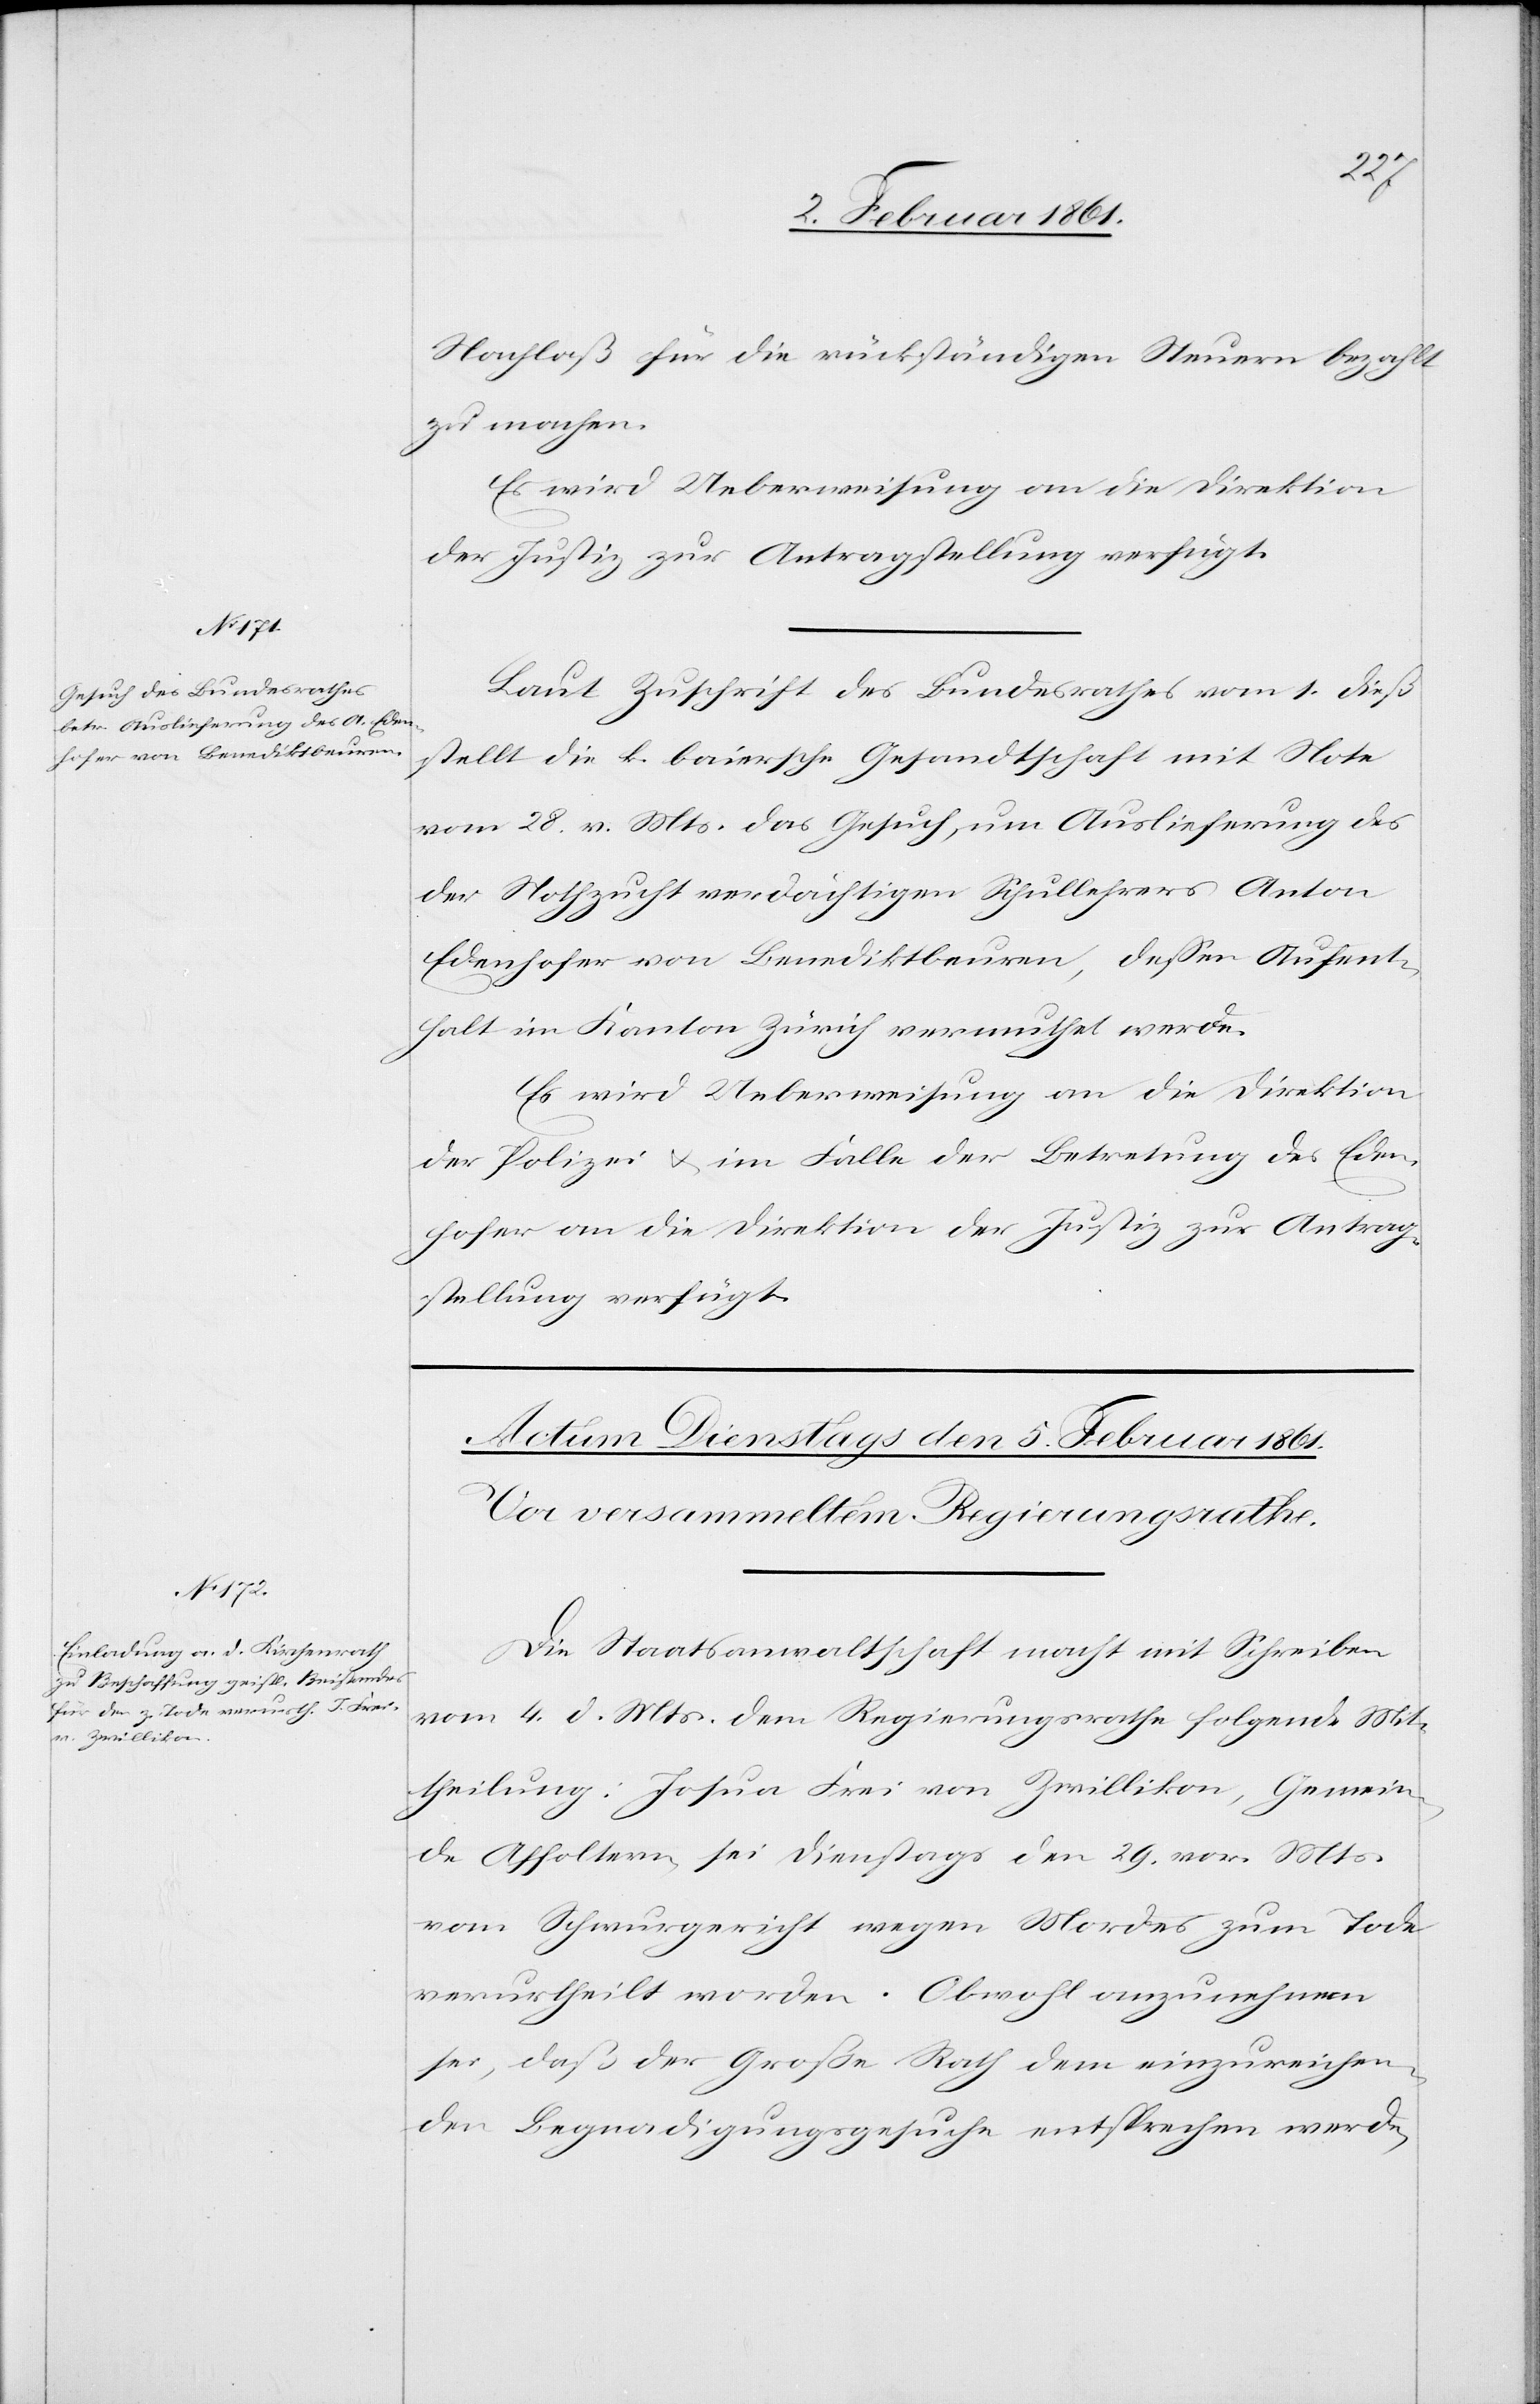
den
4. Februar 1861.]
Nachlaß für die rückständigen Steuern bezahlt
zu machen.
Es wird Ueberweisung an die Direktion
der Justiz zur Antragstellung verfügt.
Laut Zuschrift des Bundesrathes vom 1. dieß
stellt die k. baiersche Gesandtschaft mit Note
vom 28. v. Mts. das Gesuch, um Auslieferung des
der Nothzucht verdächtigen Schullehrers Anton
Edenhofer von Benediktbeuren, dessen Aufent¬
halt im Kanton Zürich vermuthet werde.
Es wird Ueberweisung an die Direktion
der Polizei u. im Falle der Betretung des Eden¬
hofer an die Direktion der Justiz zur Antrag¬
stellung verfügt.
Die Staatsanwaltschaft macht mit Schreiben
vom 4. d. Mts. dem Regierungsrathe folgende Mit¬
theilung: Josua Frei von Zwillikon, Gemein¬
de Affoltern, sei Dienstags den 29. vor. Mts.
vom Schwurgericht wegen Mordes zum Tode
verurtheilt worden. Obwohl anzunehmen
sei, daß der Große Rath dem einzureichen¬
den Begnadigungsgesuche entsprechen werde,